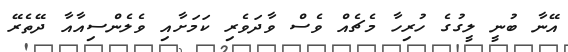
އޭނާ ބުނީ ލީގުގެ ހުރިހާ މެޗެއް ވެސް ވާދަވެރި ކަމަށާއި ވެލެންސިއާއާ ދޭތެރޭ